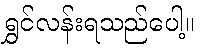
ရွှင်လန်းရသည်ပေါ့။